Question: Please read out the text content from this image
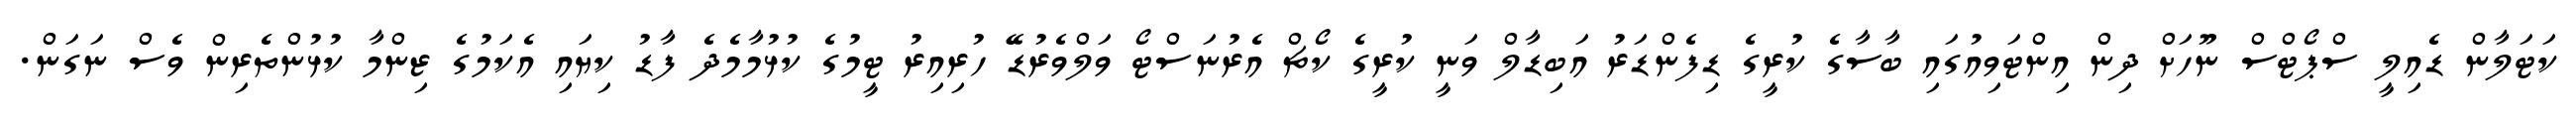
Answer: ކަޓަލާން ޑެއިލީ ސްޕޯޓްސް ނޫހަށް ދިން އިންޓަވިއުގައި ބާސާގެ ކުރީގެ ޑިފެންޑަރު އަބިޑާލް ވަނީ ކުރީގެ ކޯޗް އެރުނަސްޓޯ ވަލްވެރުޑޭ ހުރިއިރު ޓީމުގެ ކުޅުމާމެދެ ފާޑު ކިޔައި އެކަމުގެ ޒިންމާ ކުޅުންތެރިން ވެސް ނަގަން.